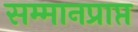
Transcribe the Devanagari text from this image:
सम्मानप्राप्त